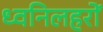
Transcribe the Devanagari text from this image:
ध्वनिलहरों